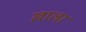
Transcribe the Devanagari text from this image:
ख़ाला